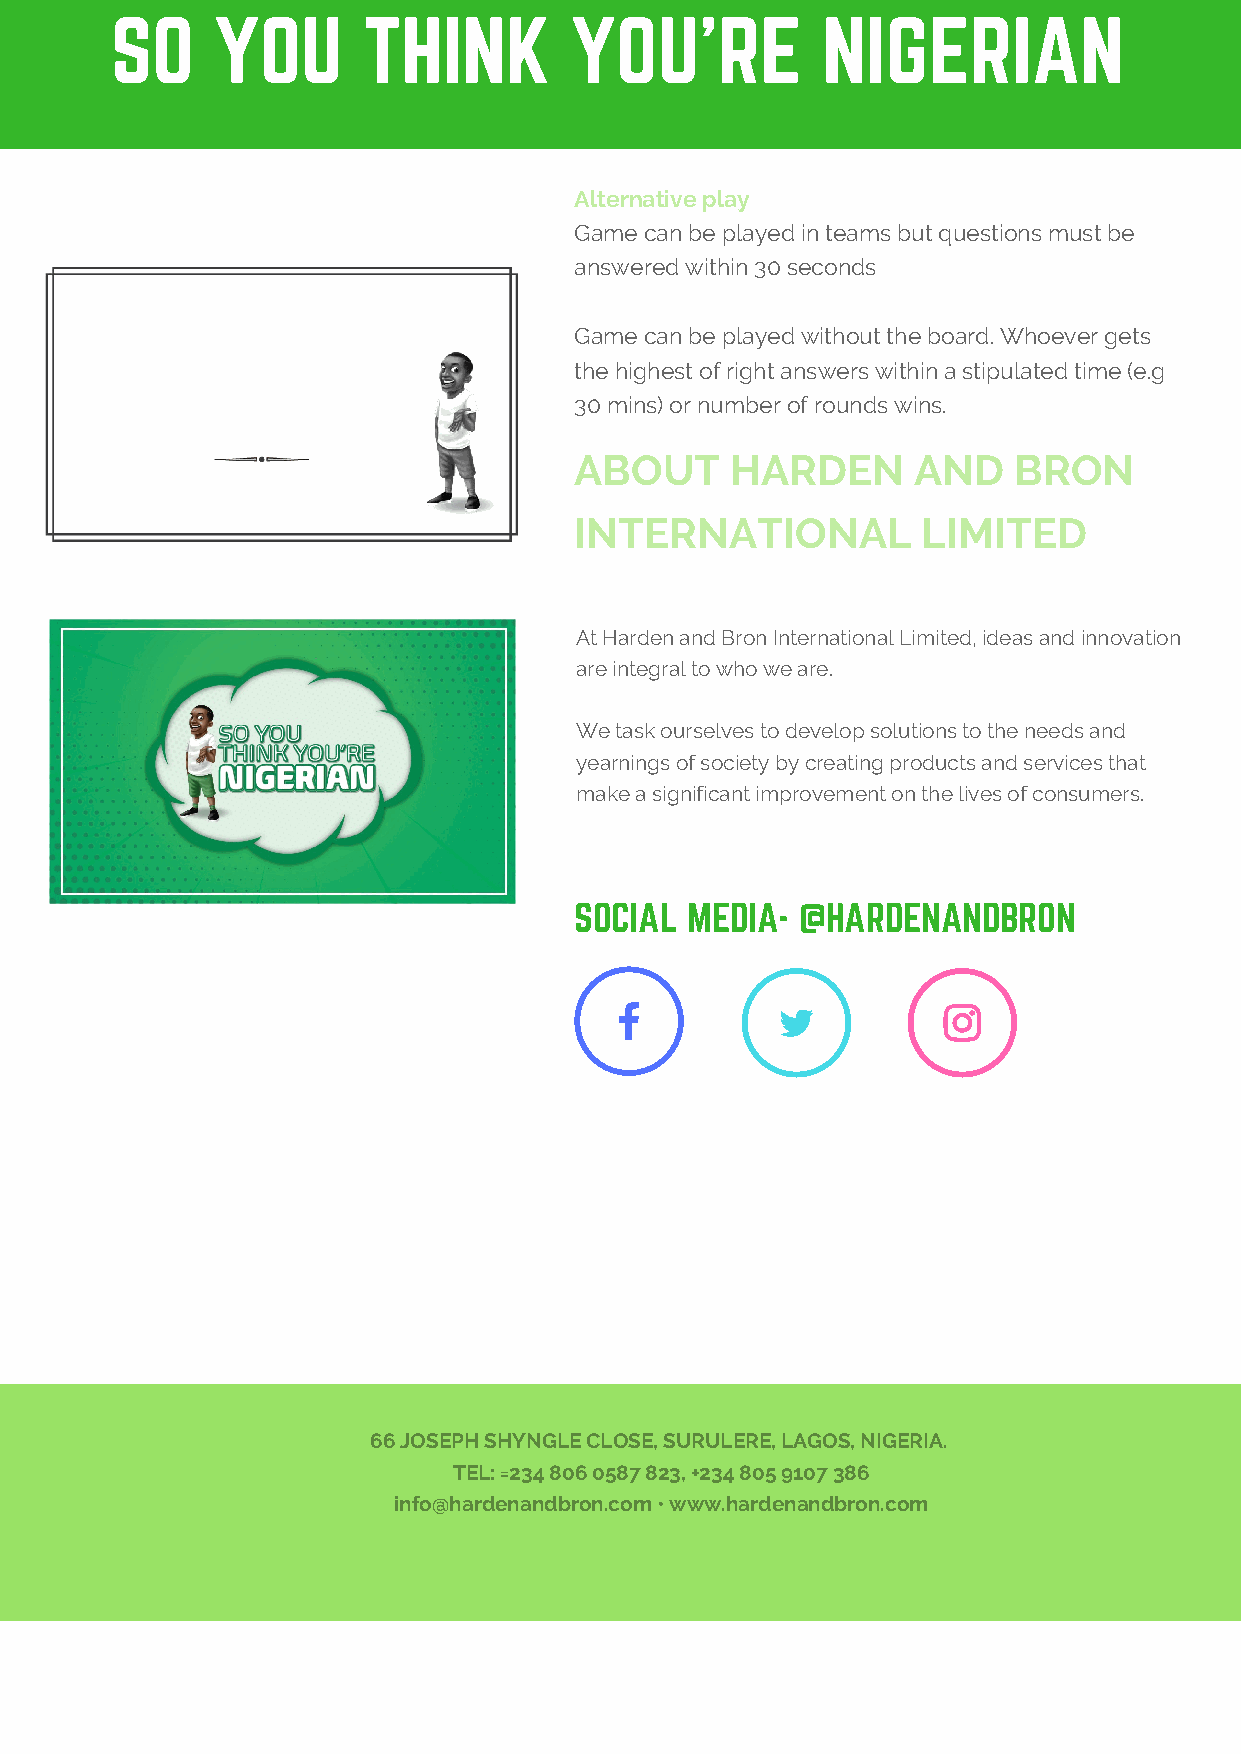
SO     YOU       THINK         YOU'RE          NIGERIAN
 Alternative play
 Game can be played in teams but questions must be
 answered within 30 seconds
 Game can be played without the board. Whoever gets
 the highest of right answers within a stipulated time (e.g
 30 mins) or number of rounds wins.
 ABOUT     HARDEN      AND    BRON
 INTERNATIONAL          LIMITED
 At Harden and Bron International Limited, ideas and innovation
 are integral to who we are.
 We task ourselves to develop solutions to the needs and
 yearnings of society by creating products and services that
 make a significant improvement on the lives of consumers.
 SOCIAL MEDIA-  @HARDENANDBRON
 66 JOSEPH SHYNGLE CLOSE, SURULERE, LAGOS, NIGERIA.
 TEL: =234 806 0587 823, +234 805 9107 386
 info@hardenandbron.com • www.hardenandbron.com